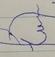
Signature authenticity: forged